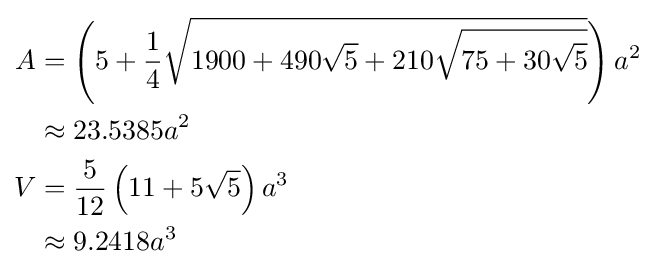
{\begin{aligned}A&=\left(5+{\frac {1}{4}}{\sqrt {1900+490{\sqrt {5}}+210{\sqrt {75+30{\sqrt {5}}}}}}\right)a^{2}\\&\approx 23.5385a^{2}\\V&={\frac {5}{12}}\left(11+5{\sqrt {5}}\right)a^{3}\\&\approx 9.2418a^{3}\end{aligned}}